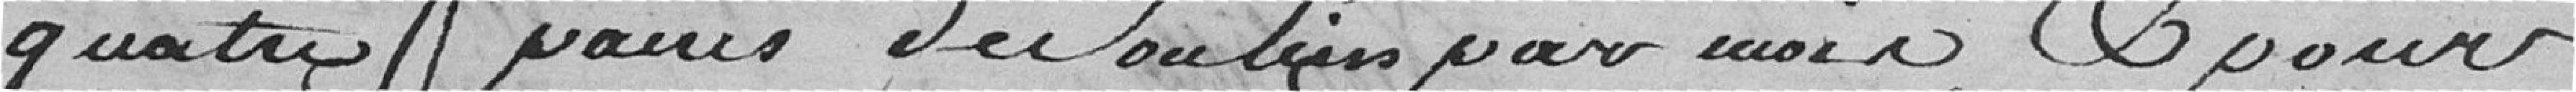
quatre paires de souliers par mois et pour